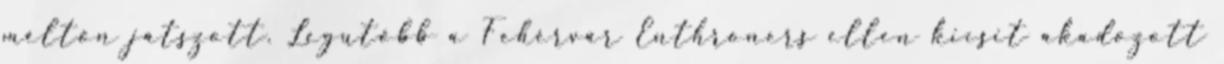
méltón játszott. Legutóbb a Fehérvár Enthroners ellen kicsit akadozott